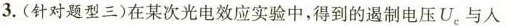
3.(针对题型三)在某次光电效应实验中，得到的遏制电压U_{e}与人